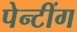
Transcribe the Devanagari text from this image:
पेन्टींग